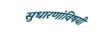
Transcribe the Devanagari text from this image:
सुधारणांविषयी